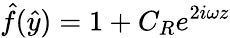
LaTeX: \hat{f}(\hat{y})=1+C_{R}e^{2i\omega z}